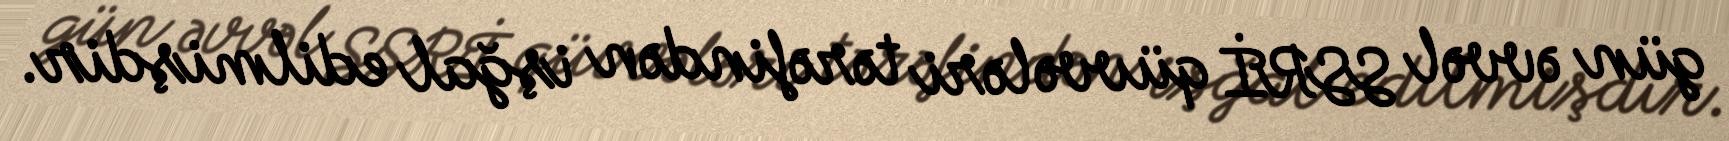
gün əvvəl SSRİ qüvvələri tərəfindən işğal edilmişdir.